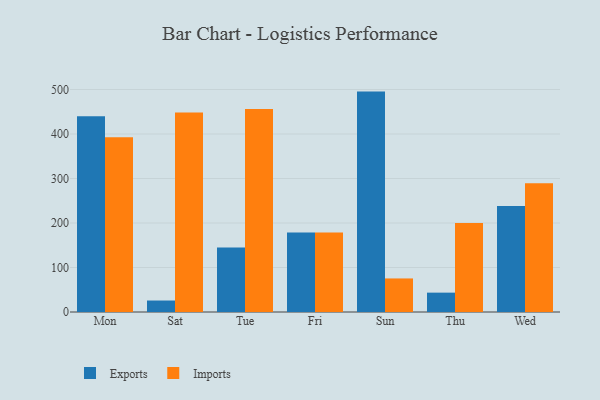
{"axis": {"x": "Day", "y": "Production Output"}, "legend": ["Exports", "Imports"], "data": [{"x": "Mon", "y": 439.9, "type": "Exports"}, {"x": "Mon", "y": 392.5, "type": "Imports"}, {"x": "Sat", "y": 25.8, "type": "Exports"}, {"x": "Sat", "y": 448.1, "type": "Imports"}, {"x": "Tue", "y": 144.7, "type": "Exports"}, {"x": "Tue", "y": 456.4, "type": "Imports"}, {"x": "Fri", "y": 178.5, "type": "Exports"}, {"x": "Fri", "y": 178.7, "type": "Imports"}, {"x": "Sun", "y": 495.3, "type": "Exports"}, {"x": "Sun", "y": 75.4, "type": "Imports"}, {"x": "Thu", "y": 43.5, "type": "Exports"}, {"x": "Thu", "y": 199.9, "type": "Imports"}, {"x": "Wed", "y": 238.0, "type": "Exports"}, {"x": "Wed", "y": 289.6, "type": "Imports"}]}